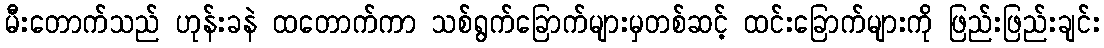
မီးတောက်သည် ဟုန်းခနဲ ထတောက်ကာ သစ်ရွက်ခြောက်များမှတစ်ဆင့် ထင်းခြောက်များကို ဖြည်းဖြည်းချင်း